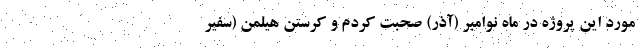
مورد این پروژه در ماه نوامبر (آذر) صحبت کردم و کرستن هیلمن (سفیر